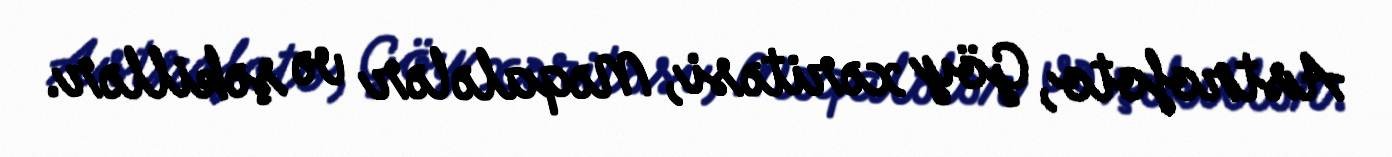
Astrofoto, Göy xəritəsi, Məqalələr və şəkillər.